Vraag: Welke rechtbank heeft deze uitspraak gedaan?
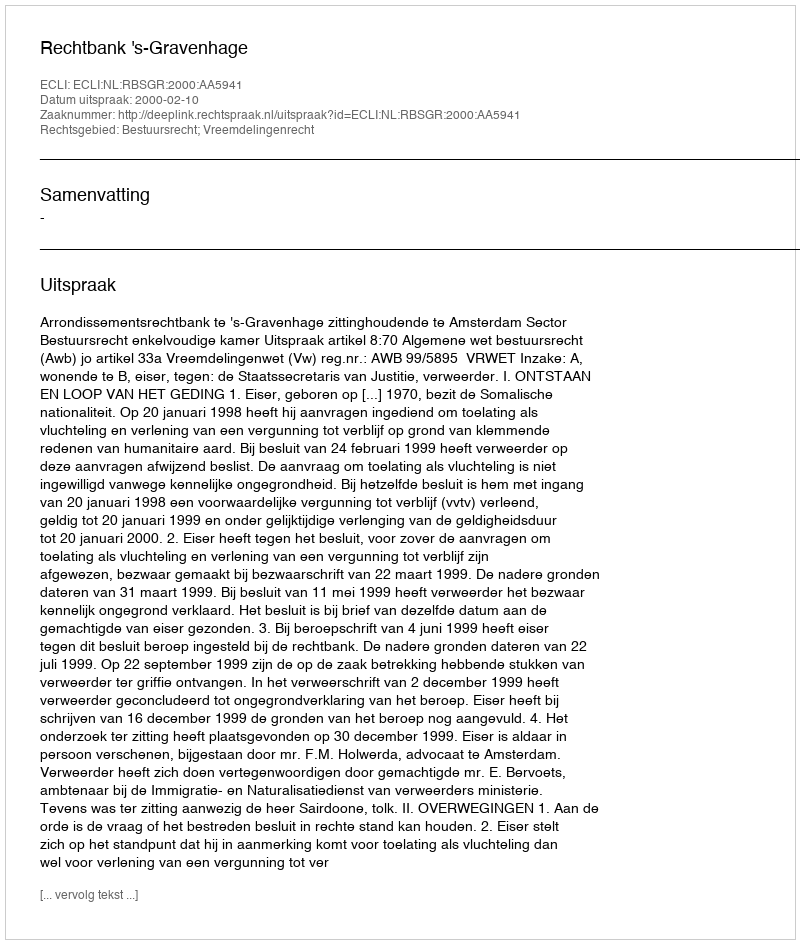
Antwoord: Rechtbank 's-Gravenhage